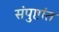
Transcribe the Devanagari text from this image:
संपुष्टांत